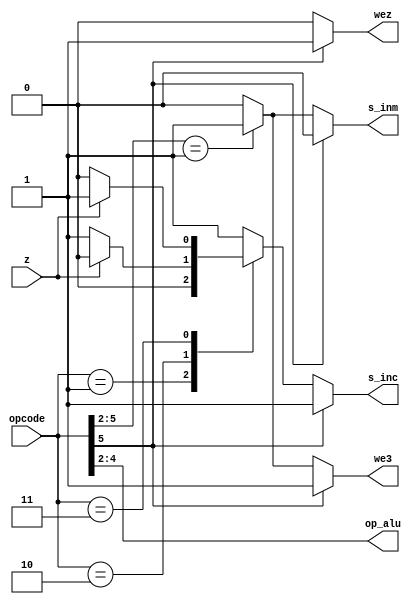
`timescale 1 ns / 10 ps


module uc (input wire [5:0] opcode, input wire z, output reg s_inc, s_inm, we3, wez, output wire [2:0] op_alu);

parameter noop =			6'b000000;
parameter jump = 			6'b000001;
parameter jumpz = 		6'b000010;
parameter nojumpz = 	6'b000011;
parameter limm = 			6'b0001XX;

assign op_alu = opcode[4:2];

always @ (opcode)
begin
	if (opcode[5] == 1'b1)
	begin
		s_inc = 1;
		s_inm = 0;
		wez = 1;
		we3 = 1;
	end
	else
		begin
		casex (opcode)
			noop:
			begin
				s_inc = 1;
				wez = 0;
				s_inm = 0;
				we3 = 0;
			end

			jump:
			begin
				s_inc = 0;
				wez = 0;
				s_inm = 0;
				we3 = 0;
			end

			jumpz:
			begin
				wez = 0;
				s_inm = 0;
				we3 = 0;
				if (z)
					s_inc = 0;
				else
					s_inc = 1;
			end

			nojumpz:
			begin
				wez = 0;
				s_inm = 0;
				we3 = 0;
				if (~z)
					s_inc = 0;
				else
					s_inc = 1;
			end

			limm:
			begin
				s_inc = 1;
				wez = 0;
				s_inm = 1;
				we3 = 1;
			end
			
			default:
			begin
				s_inc = 1;
				wez = 0;
				s_inm = 0;
				we3 = 0;
			end
		endcase
		end
end

endmodule